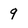
Character: 9